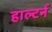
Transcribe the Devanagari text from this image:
हाल्टर्न